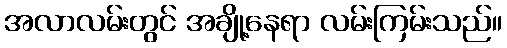
အလာလမ်းတွင် အချို့နေရာ လမ်းကြမ်းသည်။